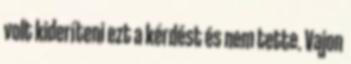
volt kideríteni ezt a kérdést és nem tette. Vajon